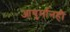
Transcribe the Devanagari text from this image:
आयुर्मानही